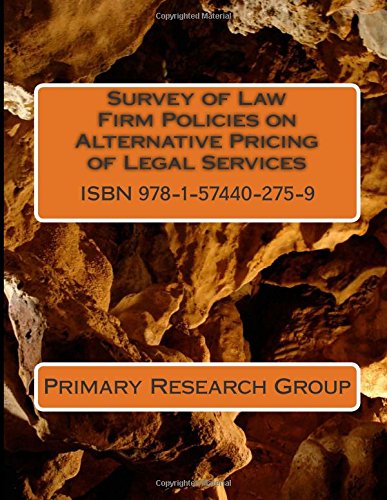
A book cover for Survey of Law Firm Policies on Alternative Pricing of Legal Services; Primary Research Group; Law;